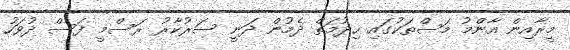
މީރާއިން އާންމު މަސްތަކުގައި ހިދުމަތް ދެމުން ދަނީ ސަރުކާރު ރަސްމީ ފަސް ދުވަހު